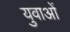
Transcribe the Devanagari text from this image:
युवाअों